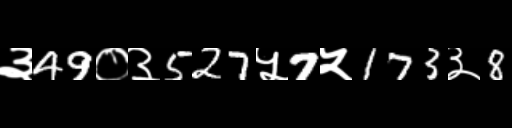
Text: ३49०३527५7५173३8